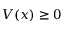
V ( x ) \geq 0